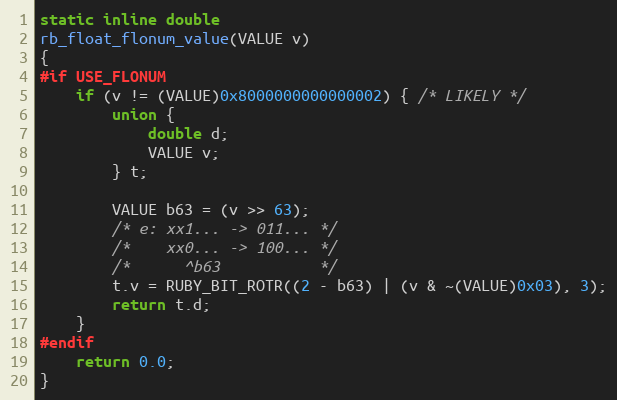
Language: C
static inline double
rb_float_flonum_value(VALUE v)
{
#if USE_FLONUM
    if (v != (VALUE)0x8000000000000002) { /* LIKELY */
        union {
            double d;
            VALUE v;
        } t;

        VALUE b63 = (v >> 63);
        /* e: xx1... -> 011... */
        /*    xx0... -> 100... */
        /*      ^b63           */
        t.v = RUBY_BIT_ROTR((2 - b63) | (v & ~(VALUE)0x03), 3);
        return t.d;
    }
#endif
    return 0.0;
}